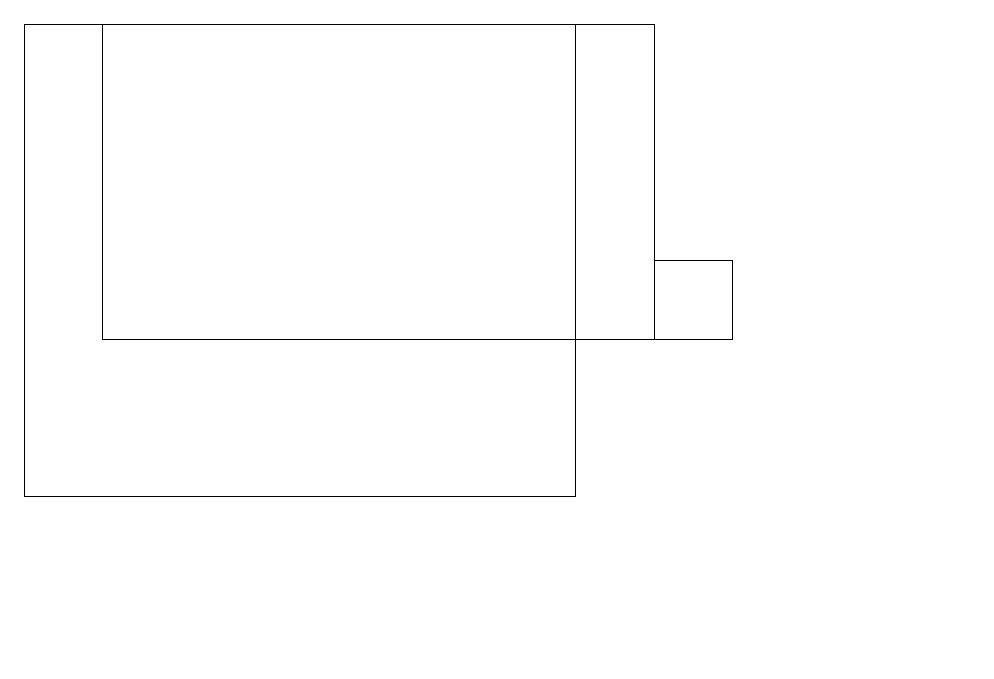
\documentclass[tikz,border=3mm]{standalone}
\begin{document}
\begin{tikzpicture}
\draw (12,11) circle (0);
\draw (0,13) rectangle (7,19);
\draw (1,19) rectangle (8,15);
\draw (8,16) rectangle (9,15);
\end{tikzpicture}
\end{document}